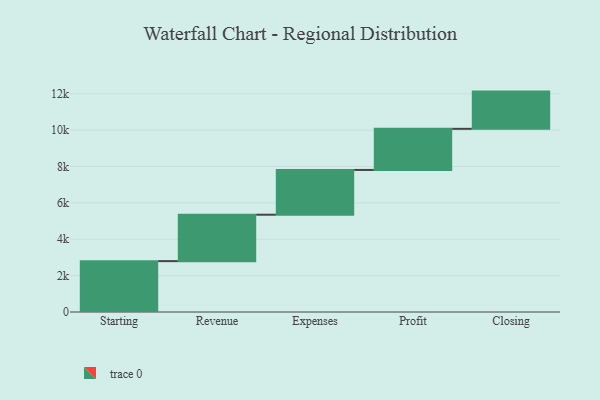
{"axis": {"x": "Step", "y": "Value"}, "legend": [""], "data": [{"x": "Starting", "y": 2797.0, "type": ""}, {"x": "Revenue", "y": 2552.0, "type": ""}, {"x": "Expenses", "y": 2461.0, "type": ""}, {"x": "Profit", "y": 2261.0, "type": ""}, {"x": "Closing", "y": 2047.0, "type": ""}]}